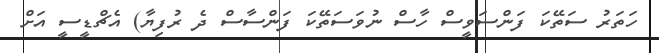
ހަތަރު ސަތޭކަ ފަންސަވީސް ހާސް ނުވަސަތޭކަ ފަންސާސް ދެ ރުފިޔާ) އެޗްޑީސީ އަށް